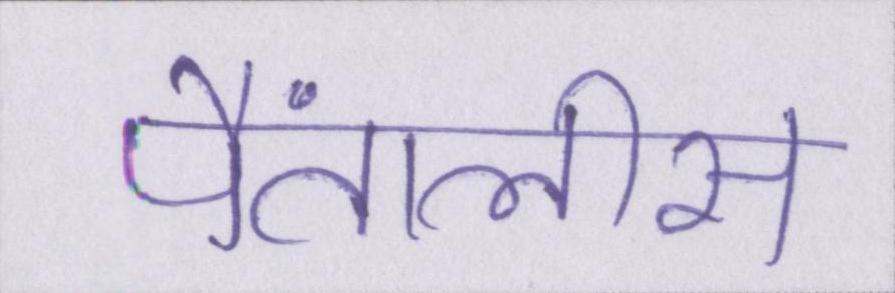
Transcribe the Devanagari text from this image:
पैंतालीस